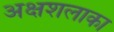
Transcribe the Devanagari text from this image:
अक्षशलाका